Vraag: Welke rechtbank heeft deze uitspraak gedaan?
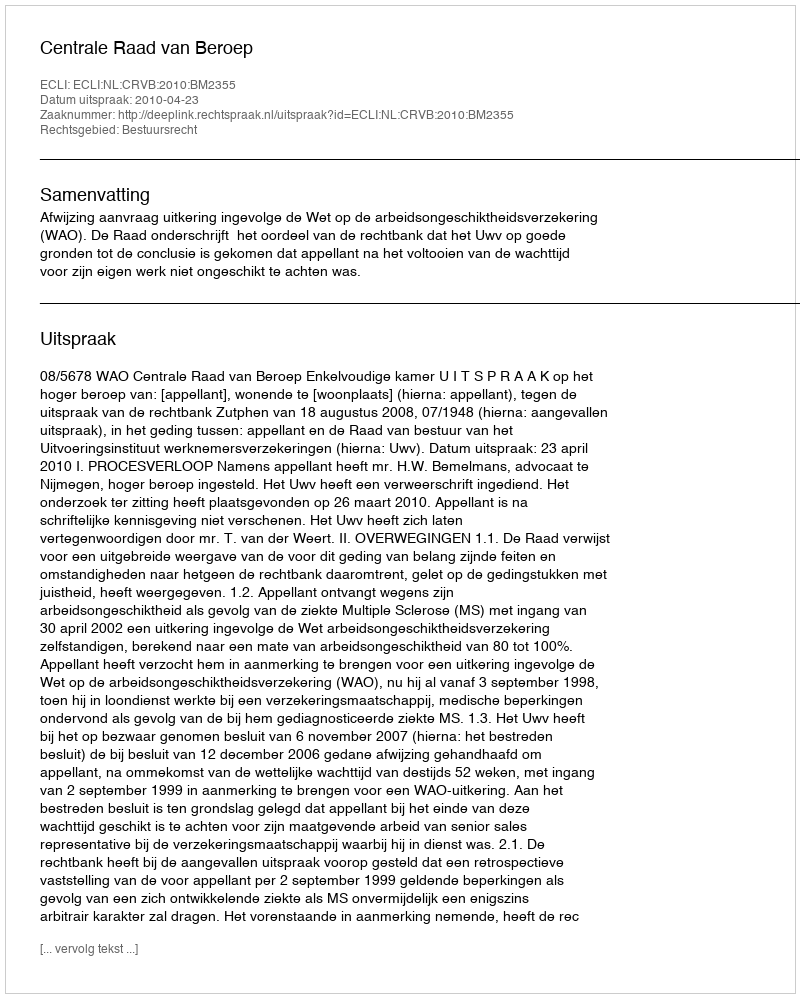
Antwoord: Centrale Raad van Beroep